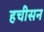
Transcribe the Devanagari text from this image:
हचीसन